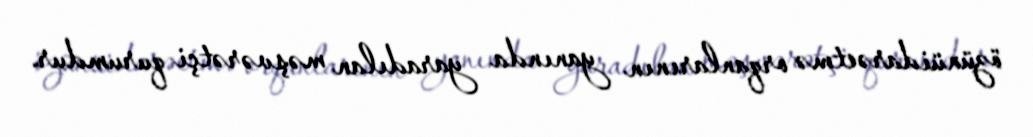
özünüidarəetmə orqanlarının yanında yaradılan məşvərətçi qurumdur.